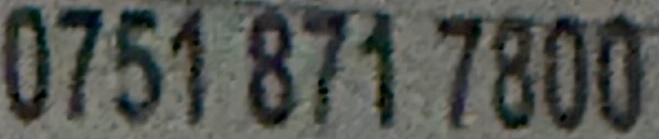
0751 871 7800